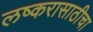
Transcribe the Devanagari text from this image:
लष्करासाठीचा